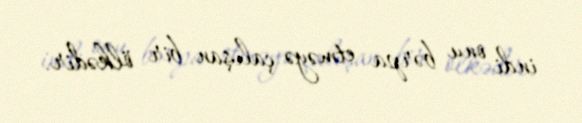
indi onu bərpa etməyə çalışan bir ölkədir.